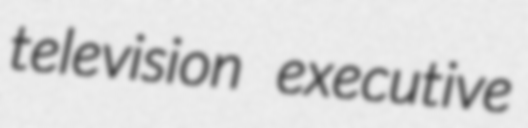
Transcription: television executive